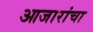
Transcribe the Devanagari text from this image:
आजारांचा